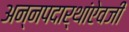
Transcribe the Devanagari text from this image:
अन्नपदार्थांऐवजी